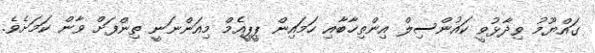
ގައްޔޫމު ވިދާޅުވީ ކައުންސިލް އިންތިޚާބާއި ހަމައިން ޕީޕީއެމް މިއަންނަނީ ތިންފަށް ވާން ކަމަށެވެ.